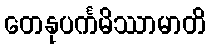
တေနုပင်္ကမိဿာမာတိ